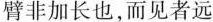
臂非加长也，而见者远